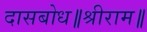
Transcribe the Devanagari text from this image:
दासबोध॥श्रीराम॥